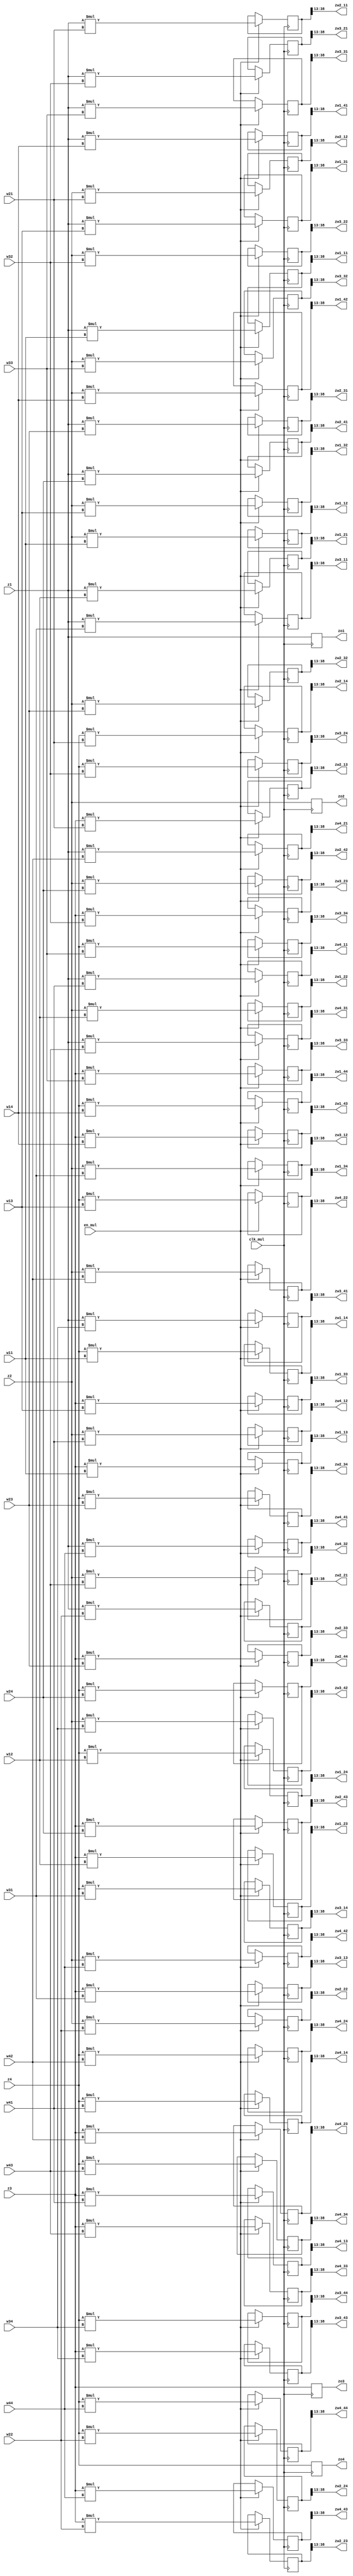
/*
 * MUL 1
 * zw1(4x4) = z(4x1)*w1(1x4) zw2, zw3, zw4
 */
module ONE_UNIT_MUL1 (
    input clk_mul,
    input en_mul,
    
    input signed [25:0] z1, z2, z3, z4,

    input signed [25:0] w11, w12, w13, w14,
    input signed [25:0] w21, w22, w23, w24,
    input signed [25:0] w31, w32, w33, w34,
    input signed [25:0] w41, w42, w43, w44,

    output reg signed [25:0] zo1, zo2, zo3, zo4,

    output signed [25:0] zw1_11, zw1_12, zw1_13, zw1_14,
    output signed [25:0] zw1_21, zw1_22, zw1_23, zw1_24,
    output signed [25:0] zw1_31, zw1_32, zw1_33, zw1_34,
    output signed [25:0] zw1_41, zw1_42, zw1_43, zw1_44,

    output signed [25:0] zw2_11, zw2_12, zw2_13, zw2_14,
    output signed [25:0] zw2_21, zw2_22, zw2_23, zw2_24,
    output signed [25:0] zw2_31, zw2_32, zw2_33, zw2_34,
    output signed [25:0] zw2_41, zw2_42, zw2_43, zw2_44,

    output signed [25:0] zw3_11, zw3_12, zw3_13, zw3_14,
    output signed [25:0] zw3_21, zw3_22, zw3_23, zw3_24,
    output signed [25:0] zw3_31, zw3_32, zw3_33, zw3_34,
    output signed [25:0] zw3_41, zw3_42, zw3_43, zw3_44,
                         
    output signed [25:0] zw4_11, zw4_12, zw4_13, zw4_14,
    output signed [25:0] zw4_21, zw4_22, zw4_23, zw4_24,
    output signed [25:0] zw4_31, zw4_32, zw4_33, zw4_34,
    output signed [25:0] zw4_41, zw4_42, zw4_43, zw4_44
);

reg signed [51:0] zw1_11_reg, zw1_12_reg, zw1_13_reg, zw1_14_reg;
reg signed [51:0] zw1_21_reg, zw1_22_reg, zw1_23_reg, zw1_24_reg;
reg signed [51:0] zw1_31_reg, zw1_32_reg, zw1_33_reg, zw1_34_reg;
reg signed [51:0] zw1_41_reg, zw1_42_reg, zw1_43_reg, zw1_44_reg;

reg signed [51:0] zw2_11_reg, zw2_12_reg, zw2_13_reg, zw2_14_reg;
reg signed [51:0] zw2_21_reg, zw2_22_reg, zw2_23_reg, zw2_24_reg;
reg signed [51:0] zw2_31_reg, zw2_32_reg, zw2_33_reg, zw2_34_reg;
reg signed [51:0] zw2_41_reg, zw2_42_reg, zw2_43_reg, zw2_44_reg;

reg signed [51:0] zw3_11_reg, zw3_12_reg, zw3_13_reg, zw3_14_reg;
reg signed [51:0] zw3_21_reg, zw3_22_reg, zw3_23_reg, zw3_24_reg;
reg signed [51:0] zw3_31_reg, zw3_32_reg, zw3_33_reg, zw3_34_reg;
reg signed [51:0] zw3_41_reg, zw3_42_reg, zw3_43_reg, zw3_44_reg;

reg signed [51:0] zw4_11_reg, zw4_12_reg, zw4_13_reg, zw4_14_reg;
reg signed [51:0] zw4_21_reg, zw4_22_reg, zw4_23_reg, zw4_24_reg;
reg signed [51:0] zw4_31_reg, zw4_32_reg, zw4_33_reg, zw4_34_reg;
reg signed [51:0] zw4_41_reg, zw4_42_reg, zw4_43_reg, zw4_44_reg;

assign zw1_11 = zw1_11_reg[38:13];
assign zw1_12 = zw1_12_reg[38:13];
assign zw1_13 = zw1_13_reg[38:13];
assign zw1_14 = zw1_14_reg[38:13];
assign zw1_21 = zw1_21_reg[38:13];
assign zw1_22 = zw1_22_reg[38:13];
assign zw1_23 = zw1_23_reg[38:13];
assign zw1_24 = zw1_24_reg[38:13];
assign zw1_31 = zw1_31_reg[38:13];
assign zw1_32 = zw1_32_reg[38:13];
assign zw1_33 = zw1_33_reg[38:13];
assign zw1_34 = zw1_34_reg[38:13];
assign zw1_41 = zw1_41_reg[38:13];
assign zw1_42 = zw1_42_reg[38:13];
assign zw1_43 = zw1_43_reg[38:13];
assign zw1_44 = zw1_44_reg[38:13];

assign zw2_11 = zw2_11_reg[38:13];
assign zw2_12 = zw2_12_reg[38:13];
assign zw2_13 = zw2_13_reg[38:13];
assign zw2_14 = zw2_14_reg[38:13];
assign zw2_21 = zw2_21_reg[38:13];
assign zw2_22 = zw2_22_reg[38:13];
assign zw2_23 = zw2_23_reg[38:13];
assign zw2_24 = zw2_24_reg[38:13];
assign zw2_31 = zw2_31_reg[38:13];
assign zw2_32 = zw2_32_reg[38:13];
assign zw2_33 = zw2_33_reg[38:13];
assign zw2_34 = zw2_34_reg[38:13];
assign zw2_41 = zw2_41_reg[38:13];
assign zw2_42 = zw2_42_reg[38:13];
assign zw2_43 = zw2_43_reg[38:13];
assign zw2_44 = zw2_44_reg[38:13];

assign zw3_11 = zw3_11_reg[38:13];
assign zw3_12 = zw3_12_reg[38:13];
assign zw3_13 = zw3_13_reg[38:13];
assign zw3_14 = zw3_14_reg[38:13];
assign zw3_21 = zw3_21_reg[38:13];
assign zw3_22 = zw3_22_reg[38:13];
assign zw3_23 = zw3_23_reg[38:13];
assign zw3_24 = zw3_24_reg[38:13];
assign zw3_31 = zw3_31_reg[38:13];
assign zw3_32 = zw3_32_reg[38:13];
assign zw3_33 = zw3_33_reg[38:13];
assign zw3_34 = zw3_34_reg[38:13];
assign zw3_41 = zw3_41_reg[38:13];
assign zw3_42 = zw3_42_reg[38:13];
assign zw3_43 = zw3_43_reg[38:13];
assign zw3_44 = zw3_44_reg[38:13];

assign zw4_11 = zw4_11_reg[38:13];
assign zw4_12 = zw4_12_reg[38:13];
assign zw4_13 = zw4_13_reg[38:13];
assign zw4_14 = zw4_14_reg[38:13];
assign zw4_21 = zw4_21_reg[38:13];
assign zw4_22 = zw4_22_reg[38:13];
assign zw4_23 = zw4_23_reg[38:13];
assign zw4_24 = zw4_24_reg[38:13];
assign zw4_31 = zw4_31_reg[38:13];
assign zw4_32 = zw4_32_reg[38:13];
assign zw4_33 = zw4_33_reg[38:13];
assign zw4_34 = zw4_34_reg[38:13];
assign zw4_41 = zw4_41_reg[38:13];
assign zw4_42 = zw4_42_reg[38:13];
assign zw4_43 = zw4_43_reg[38:13];
assign zw4_44 = zw4_44_reg[38:13];

always @(posedge clk_mul)
begin
    zo1 <= z1;
    zo2 <= z2;
    zo3 <= z3;
    zo4 <= z4;
    if (en_mul) begin
        // active
        zw1_11_reg <= z1 * w11;
        zw1_12_reg <= z2 * w11;
        zw1_13_reg <= z3 * w11;
        zw1_14_reg <= z4 * w11;
        zw1_21_reg <= z1 * w12;
        zw1_22_reg <= z2 * w12;
        zw1_23_reg <= z3 * w12;
        zw1_24_reg <= z4 * w12;
        zw1_31_reg <= z1 * w13;
        zw1_32_reg <= z2 * w13;
        zw1_33_reg <= z3 * w13;
        zw1_34_reg <= z4 * w13;
        zw1_41_reg <= z1 * w14;
        zw1_42_reg <= z2 * w14;
        zw1_43_reg <= z3 * w14;
        zw1_44_reg <= z4 * w14;

        zw2_11_reg <= z1 * w21;
        zw2_12_reg <= z2 * w21;
        zw2_13_reg <= z3 * w21;
        zw2_14_reg <= z4 * w21;
        zw2_21_reg <= z1 * w22;
        zw2_22_reg <= z2 * w22;
        zw2_23_reg <= z3 * w22;
        zw2_24_reg <= z4 * w22;
        zw2_31_reg <= z1 * w23;
        zw2_32_reg <= z2 * w23;
        zw2_33_reg <= z3 * w23;
        zw2_34_reg <= z4 * w23;
        zw2_41_reg <= z1 * w24;
        zw2_42_reg <= z2 * w24;
        zw2_43_reg <= z3 * w24;
        zw2_44_reg <= z4 * w24;

        zw3_11_reg <= z1 * w31;
        zw3_12_reg <= z2 * w31;
        zw3_13_reg <= z3 * w31;
        zw3_14_reg <= z4 * w31;
        zw3_21_reg <= z1 * w32;
        zw3_22_reg <= z2 * w32;
        zw3_23_reg <= z3 * w32;
        zw3_24_reg <= z4 * w32;
        zw3_31_reg <= z1 * w33;
        zw3_32_reg <= z2 * w33;
        zw3_33_reg <= z3 * w33;
        zw3_34_reg <= z4 * w33;
        zw3_41_reg <= z1 * w34;
        zw3_42_reg <= z2 * w34;
        zw3_43_reg <= z3 * w34;
        zw3_44_reg <= z4 * w34;

        zw4_11_reg <= z1 * w41;
        zw4_12_reg <= z2 * w41;
        zw4_13_reg <= z3 * w41;
        zw4_14_reg <= z4 * w41;
        zw4_21_reg <= z1 * w42;
        zw4_22_reg <= z2 * w42;
        zw4_23_reg <= z3 * w42;
        zw4_24_reg <= z4 * w42;
        zw4_31_reg <= z1 * w43;
        zw4_32_reg <= z2 * w43;
        zw4_33_reg <= z3 * w43;
        zw4_34_reg <= z4 * w43;
        zw4_41_reg <= z1 * w44;
        zw4_42_reg <= z2 * w44;
        zw4_43_reg <= z3 * w44;
        zw4_44_reg <= z4 * w44;
    end else begin
        // zw1_11_reg <= w11;
        // zw1_12_reg <= w12;
        // zw1_13_reg <= w13;
        // zw1_14_reg <= w14;
        // zw1_21_reg <= w11;
        // zw1_22_reg <= w12;
        // zw1_23_reg <= w13;
        // zw1_24_reg <= w14;
        // zw1_31_reg <= w11;
        // zw1_32_reg <= w12;
        // zw1_33_reg <= w13;
        // zw1_34_reg <= w14;
        // zw1_41_reg <= w11;
        // zw1_42_reg <= w12;
        // zw1_43_reg <= w13;
        // zw1_44_reg <= w14;

        // zw2_11_reg <= w21;
        // zw2_12_reg <= w22;
        // zw2_13_reg <= w23;
        // zw2_14_reg <= w24;
        // zw2_21_reg <= w21;
        // zw2_22_reg <= w22;
        // zw2_23_reg <= w23;
        // zw2_24_reg <= w24;
        // zw2_31_reg <= w21;
        // zw2_32_reg <= w22;
        // zw2_33_reg <= w23;
        // zw2_34_reg <= w24;
        // zw2_41_reg <= w21;
        // zw2_42_reg <= w22;
        // zw2_43_reg <= w23;
        // zw2_44_reg <= w24;

        // zw3_11_reg <= w31;
        // zw3_12_reg <= w32;
        // zw3_13_reg <= w33;
        // zw3_14_reg <= w34;
        // zw3_21_reg <= w31;
        // zw3_22_reg <= w32;
        // zw3_23_reg <= w33;
        // zw3_24_reg <= w34;
        // zw3_31_reg <= w31;
        // zw3_32_reg <= w32;
        // zw3_33_reg <= w33;
        // zw3_34_reg <= w34;
        // zw3_41_reg <= w31;
        // zw3_42_reg <= w32;
        // zw3_43_reg <= w33;
        // zw3_44_reg <= w34;

        // zw4_11_reg <= w41;
        // zw4_12_reg <= w42;
        // zw4_13_reg <= w43;
        // zw4_14_reg <= w44;
        // zw4_21_reg <= w41;
        // zw4_22_reg <= w42;
        // zw4_23_reg <= w43;
        // zw4_24_reg <= w44;
        // zw4_31_reg <= w41;
        // zw4_32_reg <= w42;
        // zw4_33_reg <= w43;
        // zw4_34_reg <= w44;
        // zw4_41_reg <= w41;
        // zw4_42_reg <= w42;
        // zw4_43_reg <= w43;
        // zw4_44_reg <= w44;
    end
end
    
endmodule